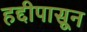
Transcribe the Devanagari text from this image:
हद्दीपासून